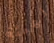
لهيئة